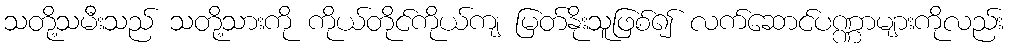
သတို့သမီးသည် သတို့သားကို ကိုယ်တိုင်ကိုယ်ကျ မြတ်နိုးသူဖြစ်၍ လက်ဆောင်ပဏ္ဏာများကိုလည်း